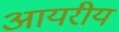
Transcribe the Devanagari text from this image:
आयरीय